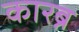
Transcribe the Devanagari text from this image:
कारब्न